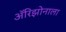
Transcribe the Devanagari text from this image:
अॅरिझोनाला